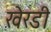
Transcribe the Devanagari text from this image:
खेरडी